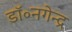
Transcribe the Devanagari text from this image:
डॉ॰नगेन्द्र